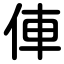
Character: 俥